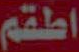
اطقم